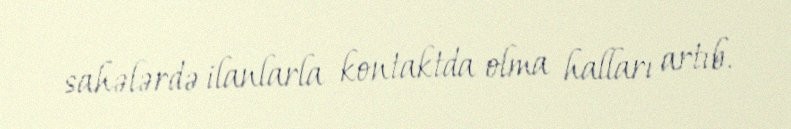
sahələrdə ilanlarla kontaktda olma halları artıb.